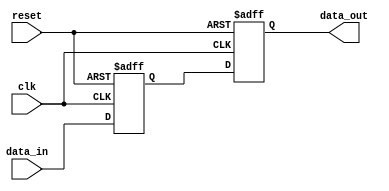
module sequential_logic_example (
    input wire clk,          // Clock signal
    input wire reset,        // Asynchronous reset signal
    input wire [7:0] data_in, // 8-bit data input
    output reg [7:0] data_out // 8-bit data output
);

// Internal state variable
reg [7:0] state;

// Always block triggered on the rising edge of clk
always @(posedge clk or posedge reset) begin
    if (reset) begin
        // Reset condition: initialize state and output
        state <= 8'b0;      // Initialize state to 0
        data_out <= 8'b0;   // Initialize output to 0
    end else begin
        // Sequential logic: update state and output based on input
        state <= data_in;    // Update state with data input
        data_out <= state;   // Output the current state
    end
end

endmodule